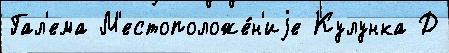
Гал'ема М'естоположе́н'иjе Кулунка Д